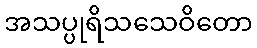
အသပ္ပုရိသသေဝိတော